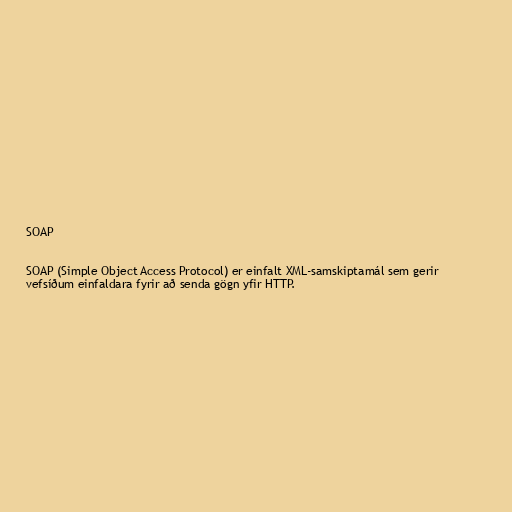
SOAP

SOAP (Simple Object Access Protocol) er einfalt XML-samskiptamál sem gerir
vefsíðum einfaldara fyrir að senda gögn yfir HTTP.